Malaria in the Punjab - Number 46
Disease focus: Malaria
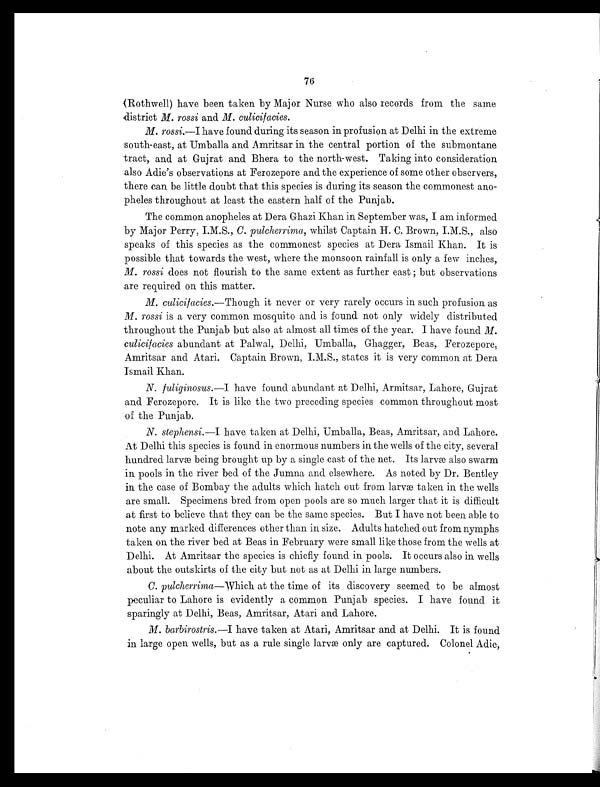
76
(Rothwell) have been taken by Major Nurse who also records from the same
district M. rossi and M. culicifacies.
M. rossi.—I have found during its season in profusion at Delhi in the extreme
south-east, at Umballa and Amritsar in the central portion of the submontane
tract, and at Gujrat and Bhera to the north-west. Taking into consideration
also Adie's observations at Ferozepore and the experience of some other observers,
there can be little doubt that this species is during its season the commonest ano-
pheles throughout at least the eastern half of the Punjab.
The common anopheles at Dera Ghazi Khan in September was, I am informed
by Major Perry, I.M.S., C. pulcherrima, whilst Captain H. C. Brown, I.M.S., also
speaks of this species as the commonest species at Dera Ismail Khan. It is
possible that towards the west, where the monsoon rainfall is only a few inches,
M. rossi does not flourish to the same extent as further east; but observations
are required on this matter.
M. culicifacies. —Though it never or very rarely occurs in such profusion as
M. rossi is a very common mosquito and is found not only widely distributed
throughout the Punjab but also at almost all times of the year. I have found M.
culicifacies abundant at Palwal, Delhi, Umballa, Ghagger, Beas, Ferozepore,
Amritsar and Atari. Captain Brown, I.M.S., states it is very common at Dera
Ismail Khan.
N.
fuliginosus. —I have found abundant at Delhi, Armitsar, Lahore, Gujrat
and Ferozepore. It is like the two preceding species common throughout most
of the Punjab.
N. stephensi. —I have taken at Delhi, Umballa, Beas, Amritsar, and Lahore.
At Delhi this species is found in enormous numbers in the wells of the city, several
hundred larvæ being brought up by a single cast of the net. Its larvæ also swarm
in pools in the river bed of the Jumna and elsewhere. As noted by Dr. Bentley
in the case of Bombay the adults which hatch out from larvæ taken in the wells
are small. Specimens bred from open pools are so much larger that it is difficult
at first to believe that they can be the same species. But I have not been able to
note any marked differences other than in size. Adults hatched out from nymphs
taken on the river bed at Beas in February were small like those from the wells at
Delhi. At Amritsar the species is chiefly found in pools. It occurs also in wells
about the outskirts of the city but not as at Delhi in large numbers.
C. pulcherrima —Which at the time of its discovery seemed to be almost
peculiar to Lahore is evidently a common Punjab species. I have found it
sparingly at Delhi, Beas, Amritsar, Atari and Lahore.
M. barbirostris. —I have taken at Atari, Amritsar and at Delhi. It is found
in large open wells, but as a rule single larvæ only are captured. Colonel Adie,